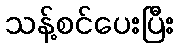
သန့်စင်ပေးပြီး